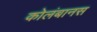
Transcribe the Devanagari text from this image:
कोलंबानस